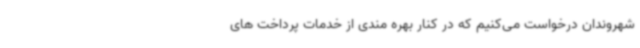
شهروندان درخواست می‌کنیم که در کنار بهره مندی از خدمات پرداخت های